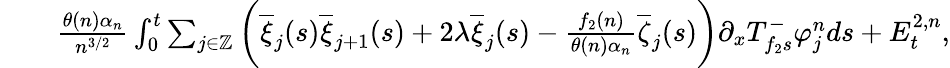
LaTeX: \begin{array}{rl}&{\quad\frac{\theta(n)\alpha_{n}}{n^{3/2}}\int_{0}^{t}\sum_{j\in\mathbb{Z}}\bigg(\overline{{\xi}}_{j}(s)\overline{{\xi}}_{j+1}(s)+2\lambda\overline{{\xi}}_{j}(s)-\frac{f_{2}(n)}{\theta(n)\alpha_{n}}\overline{{\zeta}}_{j}(s)\bigg)\partial_{x}T_{f_{2}s}^{-}\varphi_{j}^{n}ds+E_{t}^{2,n},}\end{array}